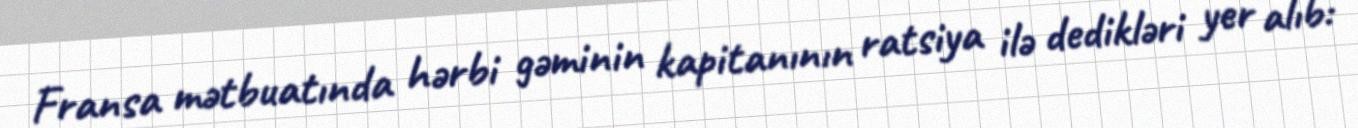
Fransa mətbuatında hərbi gəminin kapitanının ratsiya ilə dedikləri yer alıb: